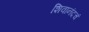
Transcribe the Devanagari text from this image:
शिवानंदचं